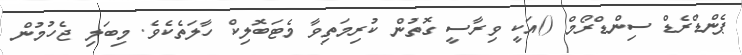
ޕެންޑްރެޑް ސިންޑްރޯމް ()އަކީ ވިރާސީ ގޮތުން ކުރިމަތިވާ މެޓަބޮލިކް ހާލަތެކެވެ. މިބަލި ޖެހުމުން